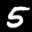
Label: 5